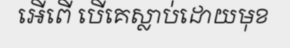
អើពើ បើគេស្លាប់ដោយមុខ